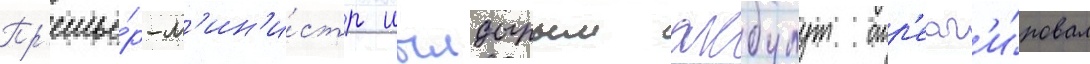
Пр'емье́р-м'ин'и́стр иылдырым акбулут отр'еаг'и́ровал